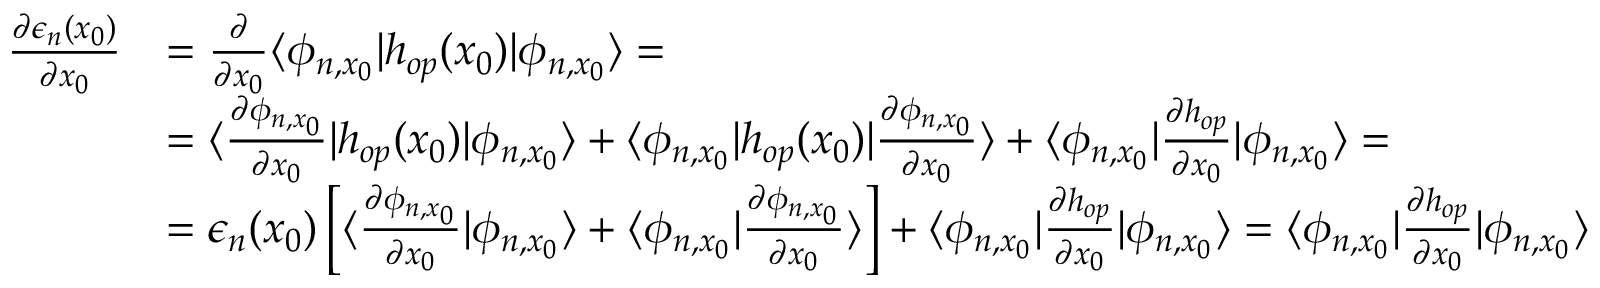
\begin{array} { r l } { \frac { \partial \epsilon _ { n } ( x _ { 0 } ) } { \partial x _ { 0 } } } & { = \frac { \partial } { \partial x _ { 0 } } \langle \phi _ { n , x _ { 0 } } | h _ { o p } ( x _ { 0 } ) | \phi _ { n , x _ { 0 } } \rangle = } \\ & { = \langle \frac { \partial \phi _ { n , x _ { 0 } } } { \partial x _ { 0 } } | h _ { o p } ( x _ { 0 } ) | \phi _ { n , x _ { 0 } } \rangle + \langle \phi _ { n , x _ { 0 } } | h _ { o p } ( x _ { 0 } ) | \frac { \partial \phi _ { n , x _ { 0 } } } { \partial x _ { 0 } } \rangle + \langle \phi _ { n , x _ { 0 } } | \frac { \partial h _ { o p } } { \partial x _ { 0 } } | \phi _ { n , x _ { 0 } } \rangle = } \\ & { = \epsilon _ { n } ( x _ { 0 } ) \left[ \langle \frac { \partial \phi _ { n , x _ { 0 } } } { \partial x _ { 0 } } | \phi _ { n , x _ { 0 } } \rangle + \langle \phi _ { n , x _ { 0 } } | \frac { \partial \phi _ { n , x _ { 0 } } } { \partial x _ { 0 } } \rangle \right] + \langle \phi _ { n , x _ { 0 } } | \frac { \partial h _ { o p } } { \partial x _ { 0 } } | \phi _ { n , x _ { 0 } } \rangle = \langle \phi _ { n , x _ { 0 } } | \frac { \partial h _ { o p } } { \partial x _ { 0 } } | \phi _ { n , x _ { 0 } } \rangle } \end{array}